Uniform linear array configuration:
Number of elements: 32
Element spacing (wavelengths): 0.75
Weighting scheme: kaiser
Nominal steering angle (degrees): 0
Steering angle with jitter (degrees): -1.774
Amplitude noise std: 0.05
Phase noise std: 0.05

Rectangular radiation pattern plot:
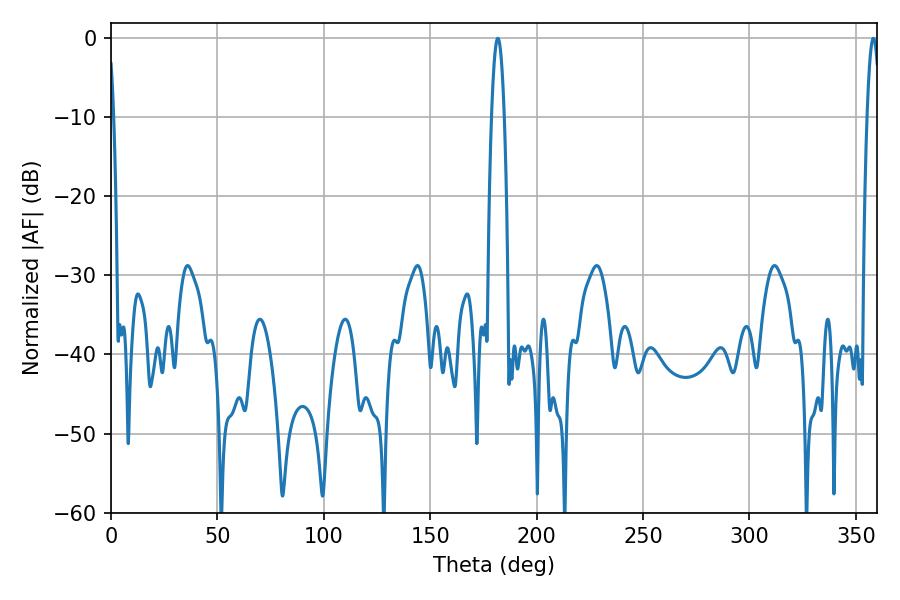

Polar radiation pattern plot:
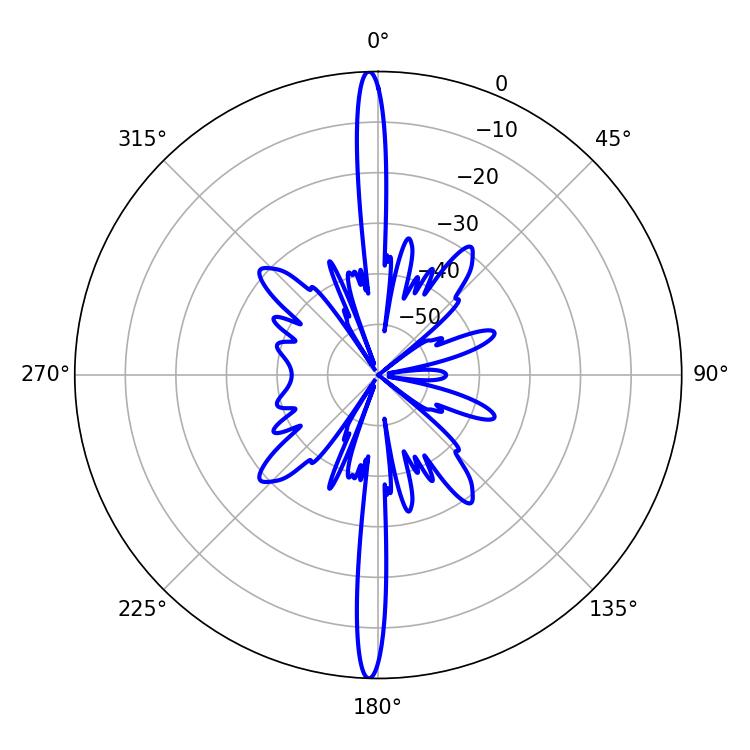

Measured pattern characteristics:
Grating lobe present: TRUE
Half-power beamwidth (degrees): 3.24
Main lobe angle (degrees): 358.2